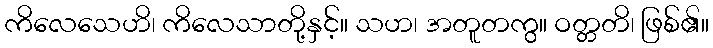
ကိလေသေဟိ၊ ကိလေသာတို့နှင့်။ သဟ၊ အတူတကွ။ ဝတ္တတိ၊ ဖြစ်၏။